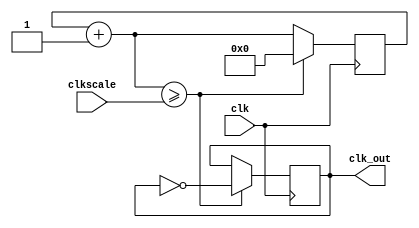
//////////////////////////////////////////////////////////////////////////////////
// Creator Name: Prachi Singhroha 
// Module Name: clock
//////////////////////////////////////////////////////////////////////////////////

module clock
    (
    input wire clk,
    input wire [31:0] clkscale,
    output reg clk_out
    );
    reg [31:0] clkq = 0;
    
    always@(posedge clk)
        begin
            clkq = clkq + 1;
                if(clkq>=clkscale)
                    begin
                        clk_out=~clk_out;
                        clkq=0;
                    end
        end
endmodule